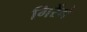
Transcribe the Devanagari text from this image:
गिरेंगे